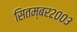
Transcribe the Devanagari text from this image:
सितम्बर२००३